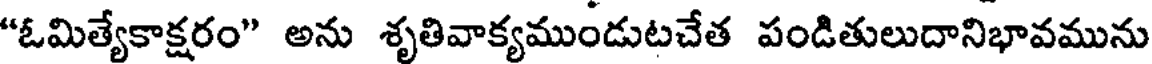
"ఓమిత్యేకాక్షరం" అను శృతివాక్యముండుటచేత పండితులుదానిభావమును